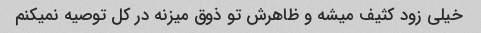
خیلی زود کثیف میشه و ظاهرش تو ذوق میزنه در کل توصیه نمیکنم